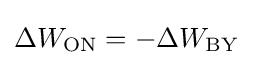
\Delta W_{\mathrm {ON} }=-\Delta W_{\mathrm {BY} }